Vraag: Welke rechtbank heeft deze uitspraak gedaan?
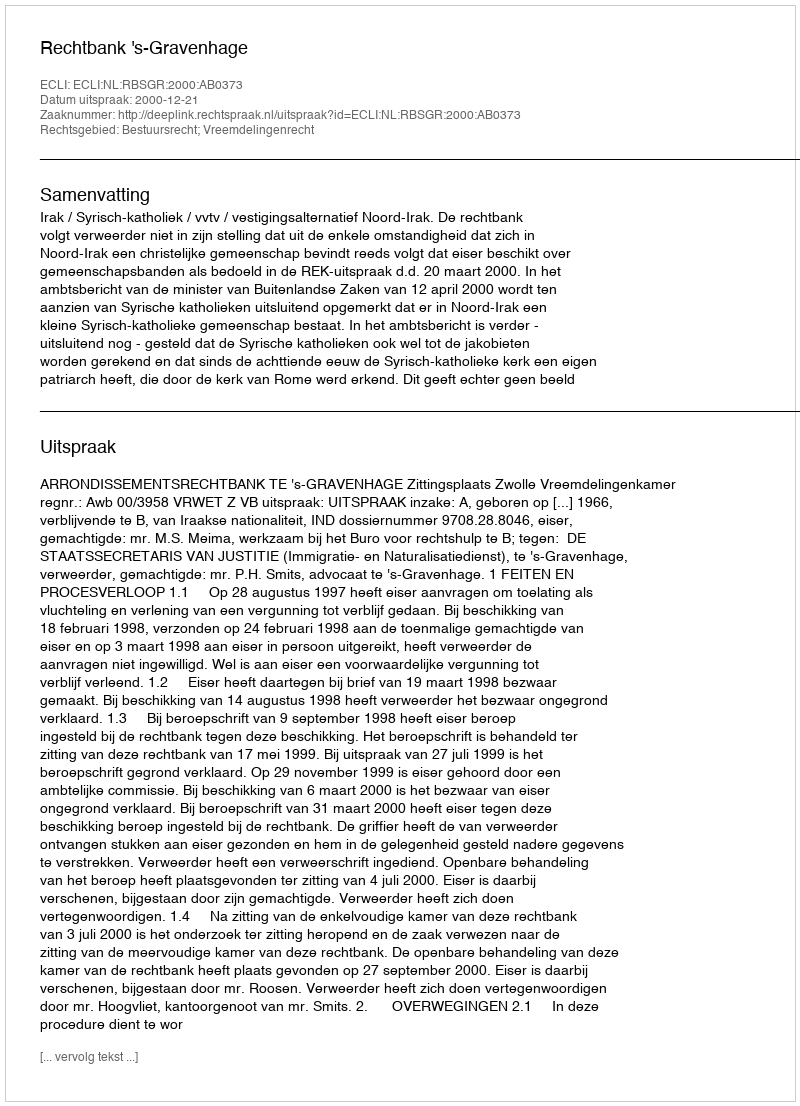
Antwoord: Rechtbank 's-Gravenhage